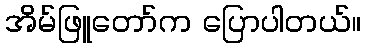
အိမ်ဖြူတော်က ပြောပါတယ်။